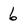
Character: 6